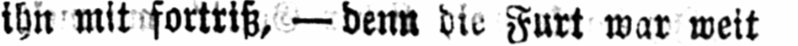
ihn mit fortriß, - denn die Furt war weit